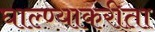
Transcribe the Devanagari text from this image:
घाल्ण्याकरीता